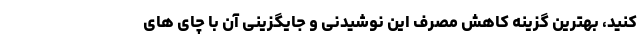
کنید، بهترین گزینه کاهش مصرف این نوشیدنی و جایگزینی آن با چای های